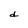
Character: d